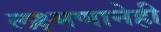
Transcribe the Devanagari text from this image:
लक्ष्मणानेही